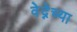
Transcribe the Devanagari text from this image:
वेद्नेच्या